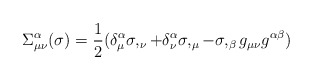
\begin{align*}\Sigma^{\alpha}_{\mu\nu}(\sigma)=\frac{1}{2}(\delta^{\alpha}_{\mu}\sigma,_{\nu}+\delta^{\alpha}_{\nu}\sigma,_{\mu}-\sigma,_{\beta}g_{\mu\nu}g^{\alpha\beta})\end{align*}